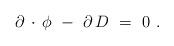
LaTeX: \begin{align*}\partial \, \cdot \, \phi \ - \ \partial \, D \ = \ 0 \ . \end{align*}